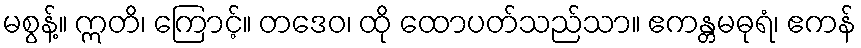
မစွန့်။ ဣတိ၊ ကြောင့်။ တဒေဝ၊ ထို ထောပတ်သည်သာ။ ဧကန္တမဓုရံ၊ ဧကန်